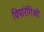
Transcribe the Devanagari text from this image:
वियारेगिओ